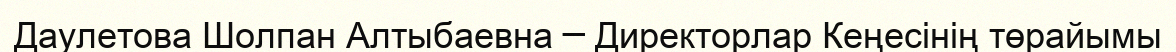
Даулетова Шолпан Алтыбаевна ─ Директорлар Кеңесінің төрайымы